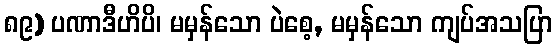
၈၉) ပဏာဒီဟိပိ၊ မမှန်သော ပဲစေ့, မမှန်သော ကျပ်အသပြာ